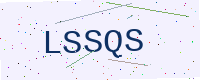
Text: LSSQS